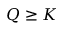
Q \geq K